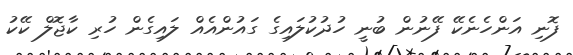
ފޮނި އަންހެނެކޭ ފޭނުން ބުނީ ހުދުކުލައިގެ ގައުންއެއް ލައިގެން ހުރި ކާޖޮލް ކޭކު